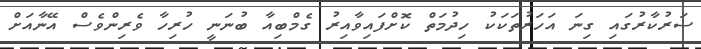
ސަރުކާރުގައި ގިނަ އަހަރުތަކަކު ހިދުމަތް ކޮށްފައިވާއިރު ގެމްބިއާ ބުނަނީ ހުރިހާ ވެރިންވެސް އޭނާއަށް